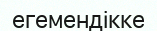
егемендікке